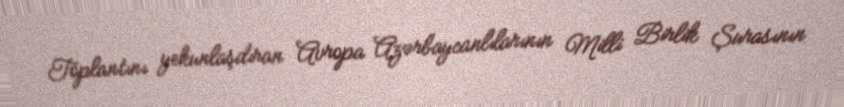
Toplantını yekunlaşdıran Avropa Azərbaycanlılarının Milli Birlik Şurasının